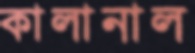
কালানাল